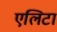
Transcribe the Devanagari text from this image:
एलिटा